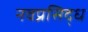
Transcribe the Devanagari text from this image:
नवप्रसिद्ध